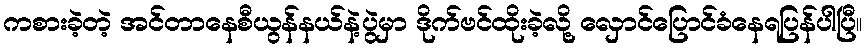
ကစားခဲ့တဲ့ အင်တာနေစီယွန်နယ်နဲ့ပွဲမှာ ဒိုက်ဗင်ထိုးခဲ့လို့ လှောင်ပြောင်ခံနေရပြန်ပါပြီ။